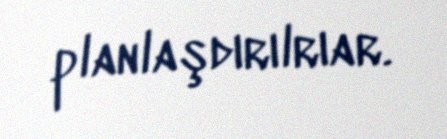
planlaşdırılrıar.